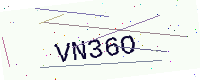
Text: VN36O